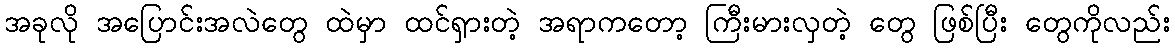
အခုလို အပြောင်းအလဲတွေ ထဲမှာ ထင်ရှားတဲ့ အရာကတော့ ကြီးမားလှတဲ့ တွေ ဖြစ်ပြီး တွေကိုလည်း